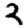
Digit: 2